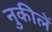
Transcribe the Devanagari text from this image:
नुकीलें